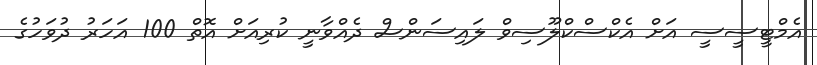
އެމްޓީސީސީ އަށް އެކްސްކްލޫސިވް ލައިސަންސް ދެއްވާނީ ކުރިއަށް އޮތް 100 އަހަރު ދުވަހުގެ